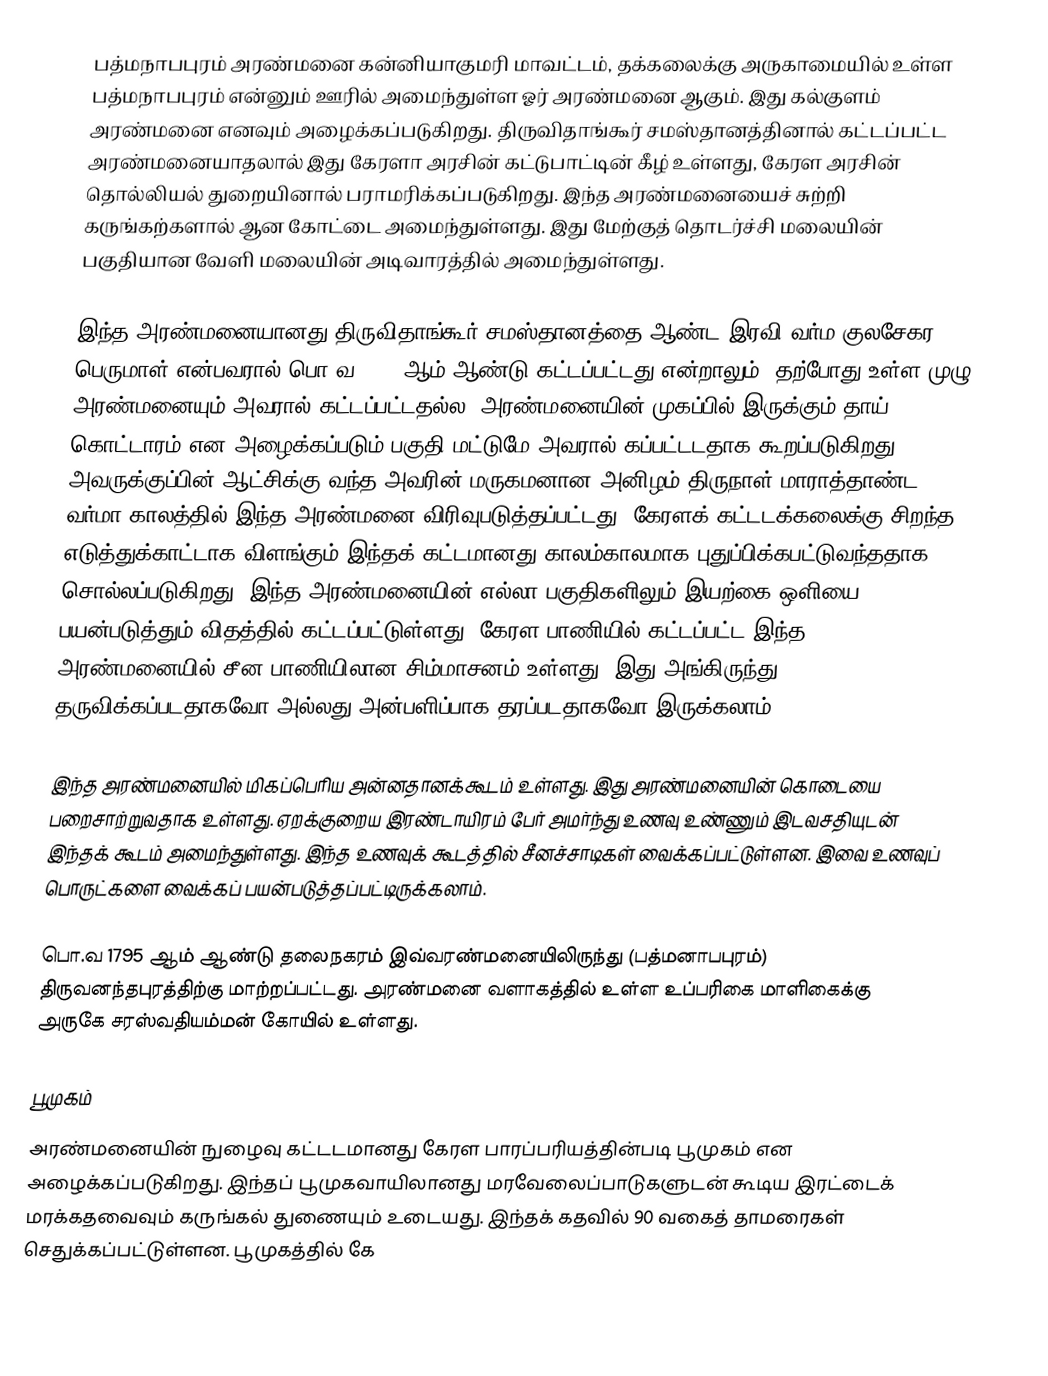
பத்மநாபபுரம் அரண்மனை கன்னியாகுமரி மாவட்டம், தக்கலைக்கு அருகாமையில் உள்ள பத்மநாபபுரம் என்னும் ஊரில் அமைந்துள்ள ஓர் அரண்மனை ஆகும். இது கல்குளம் அரண்மனை எனவும் அழைக்கப்படுகிறது.  திருவிதாங்கூர் சமஸ்தானத்தினால் கட்டப்பட்ட அரண்மனையாதலால் இது கேரளா அரசின் கட்டுபாட்டின் கீழ் உள்ளது, கேரள அரசின் தொல்லியல் துறையினால் பராமரிக்கப்படுகிறது. இந்த அரண்மனையைச் சுற்றி கருங்கற்களால் ஆன கோட்டை அமைந்துள்ளது. இது மேற்குத் தொடர்ச்சி மலையின் பகுதியான வேளி மலையின் அடிவாரத்தில் அமைந்துள்ளது.

இந்த அரண்மனையானது திருவிதாங்கூர் சமஸ்தானத்தை ஆண்ட இரவி வர்ம குலசேகர பெருமாள் என்பவரால் பொ.வ 1601 ஆம் ஆண்டு கட்டப்பட்டது என்றாலும், தற்போது உள்ள முழு அரண்மனையும் அவரால் கட்டப்பட்டதல்ல. அரண்மனையின் முகப்பில் இருக்கும் தாய் கொட்டாரம் என அழைக்கப்படும் பகுதி மட்டுமே அவரால் கப்பட்டடதாக கூறப்படுகிறது. அவருக்குப்பின் ஆட்சிக்கு வந்த அவரின் மருகமனான அனிழம் திருநாள் மாராத்தாண்ட வர்மா காலத்தில் இந்த அரண்மனை விரிவுபடுத்தப்பட்டது.  கேரளக் கட்டடக்கலைக்கு  சிறந்த எடுத்துக்காட்டாக விளங்கும் இந்தக் கட்டமானது காலம்காலமாக புதுப்பிக்கபட்டுவந்ததாக சொல்லப்படுகிறது. இந்த அரண்மனையின் எல்லா பகுதிகளிலும் இயற்கை ஒளியை பயன்படுத்தும் விதத்தில் கட்டப்பட்டுள்ளது. கேரள பாணியில் கட்டப்பட்ட இந்த அரண்மனையில் சீன பாணியிலான சிம்மாசனம் உள்ளது. இது அங்கிருந்து தருவிக்கப்படதாகவோ அல்லது அன்பளிப்பாக தரப்படதாகவோ இருக்கலாம்.

இந்த அரண்மனையில் மிகப்பெரிய அன்னதானக்கூடம் உள்ளது. இது அரண்மனையின் கொடையை பறைசாற்றுவதாக உள்ளது. ஏறக்குறைய இரண்டாயிரம் பேர் அமர்ந்து உணவு உண்ணும் இடவசதியுடன் இந்தக் கூடம் அமைந்துள்ளது. இந்த உணவுக் கூடத்தில் சீனச்சாடிகள் வைக்கப்பட்டுள்ளன. இவை உணவுப் பொருட்களை வைக்கப் பயன்படுத்தப்பட்டிருக்கலாம்.

பொ.வ 1795 ஆம் ஆண்டு தலைநகரம் இவ்வரண்மனையிலிருந்து (பத்மனாபபுரம்) திருவனந்தபுரத்திற்கு மாற்றப்பட்டது.  அரண்மனை வளாகத்தில் உள்ள உப்பரிகை மாளிகைக்கு அருகே சரஸ்வதியம்மன் கோயில் உள்ளது.

பூமுகம்
அரண்மனையின் நுழைவு கட்டடமானது கேரள பாரப்பரியத்தின்படி பூமுகம் என அழைக்கப்படுகிறது. இந்தப் பூமுகவாயிலானது மரவேலைப்பாடுகளுடன் கூடிய இரட்டைக் மரக்கதவைவும் கருங்கல் துணையும் உடையது. இந்தக் கதவில் 90 வகைத் தாமரைகள் செதுக்கப்பட்டுள்ளன. பூமுகத்தில் கே